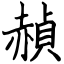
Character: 赬